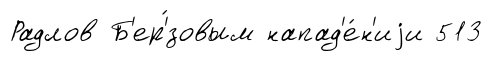
Радлов Б'ер'́зовым напад'е́н'иjи 513